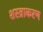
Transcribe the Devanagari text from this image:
शस्त्राकरण